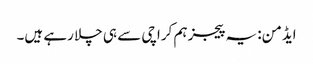
ایڈمن: یہ پیجز ہم کراچی سے ہی چلا رہے ہیں۔